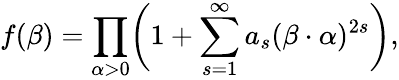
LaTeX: f(\beta)=\prod_{\alpha>0}\biggl(1+\sum_{s=1}^{\infty}a_{s}(\beta\cdot\alpha)^{2s}\biggr),